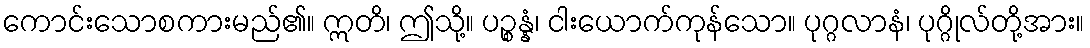
ကောင်းသောစကားမည်၏။ ဣတိ၊ ဤသို့။ ပဉ္စန္နံ၊ ငါးယောက်ကုန်သော။ ပုဂ္ဂလာနံ၊ ပုဂ္ဂိုလ်တို့အား။